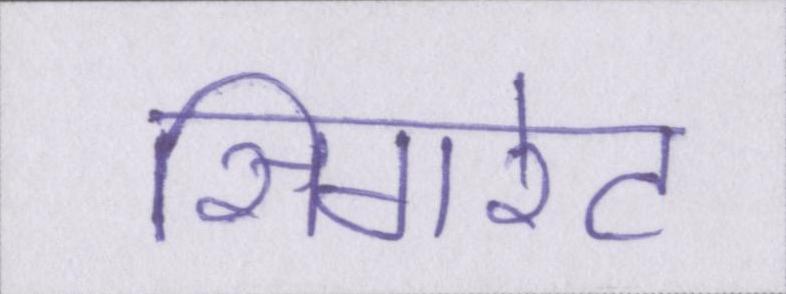
सिगरेट